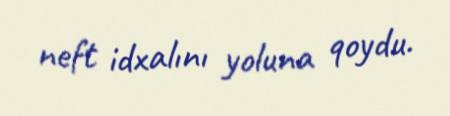
neft idxalını yoluna qoydu.